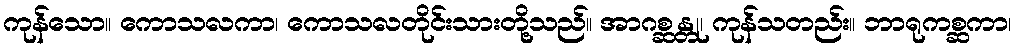
ကုန်သော။ ကောသလကာ၊ ကောသလတိုင်းသားတို့သည်။ အာဂစ္ဆန္တု၊ ကုန်သတည်း။ ဘာရုကစ္ဆကာ၊